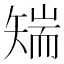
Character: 𮀅